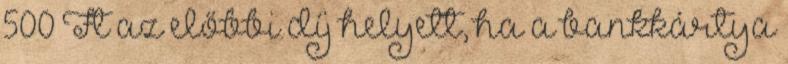
500 Ft az előbbi díj helyett, ha a bankkártya